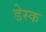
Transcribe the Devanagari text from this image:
डेस्‍क